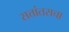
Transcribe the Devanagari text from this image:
सत्तांतराचा